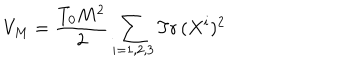
V _ { M } = \frac { T _ { 0 } M ^ { 2 } } { 2 } \sum _ { i = 1 , 2 , 3 } \mathrm { T r } \, ( X ^ { i } ) ^ { 2 }